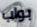
بواب